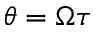
\theta = \Omega \tau